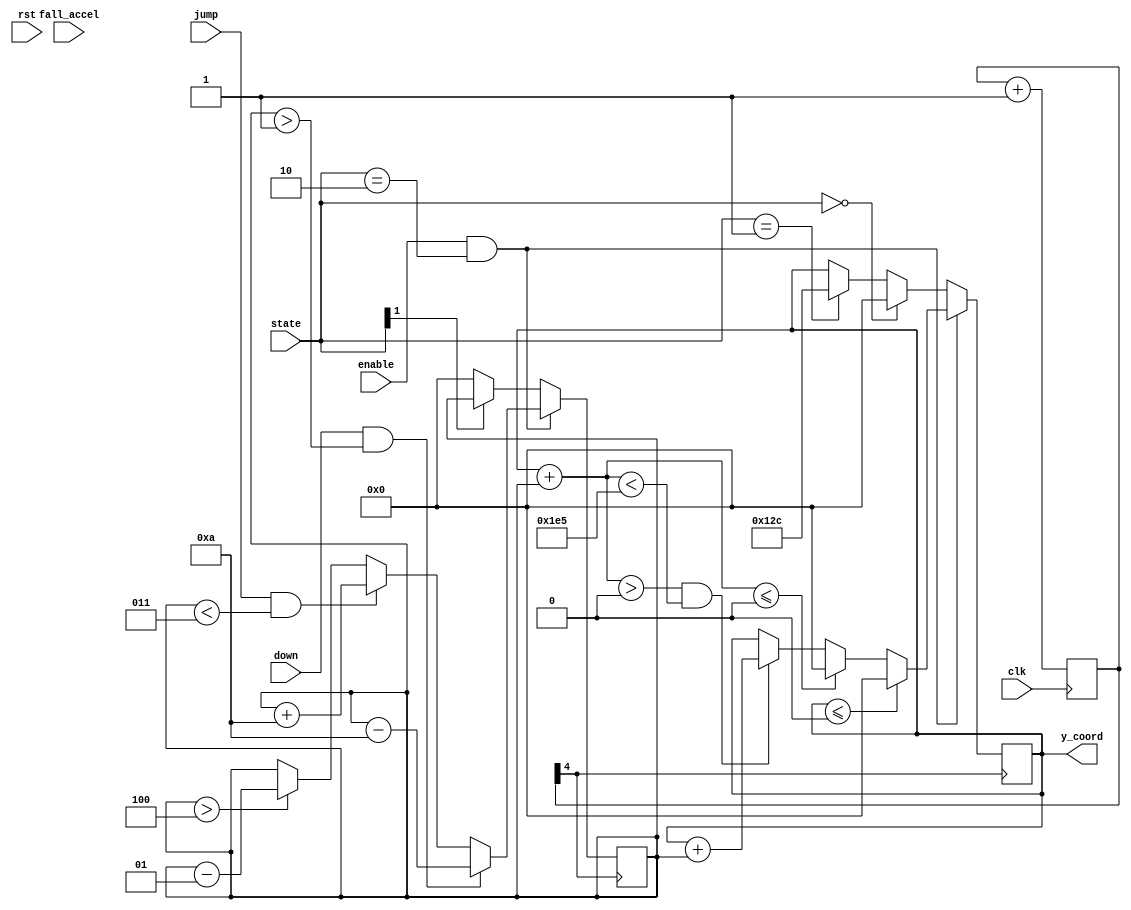
`timescale 1ns / 1ps
//////////////////////////////////////////////////////////////////////////////////

//////////////////////////////////////////////////////////////////////////////////
module bird(clk, rst, enable, jump, down, state, fall_accel, y_coord
    );
	 
	 input clk;
	 input enable;
	 input jump;
	 input down;
	 input [1:0] fall_accel;
	 input rst;
	 input [1:0] state;
	 output reg signed[10:0] y_coord;
	 initial y_coord = 'd300;
	 
	 reg signed [10:0] vel; 
	 initial vel = 'd0;
	 
	 reg jump_d;
	 initial jump_d = 0;
		
	 reg [8:0] clock_div;
	 initial clock_div = 0;
	 always @ (posedge clk)
		clock_div <= clock_div+1;
	
	 always @ (posedge clock_div[4])
	 begin
	 if(enable && state == 2)
		begin
		//bird flight start
			if(jump && vel < 3)
			begin
				vel <= vel + 'd10;
			end
		//jump button not pressed
			else if ( vel > -4)
				vel <= vel - 1;//fall_accel;
		//bird flight start_down
			if(down && vel > -1)
			begin
				vel <= vel - 'd10;
			end
		//down button not pressed
//			else if ( vel > -5)
//				vel <= vel - 1;//fall_accel;
		end
	 else if (!state[1])
		vel <= 0;
	 end
	 
	 always @ (posedge clock_div[4])
	 begin
	 if(enable && state == 2)
		begin
		//put patch of grass
			if(y_coord <= 0)
				y_coord <= 0;
			else if(y_coord + vel <= 0)
				y_coord <= 0;
			else if((y_coord + vel) > 0 && (y_coord + vel) < 485)
				y_coord <= y_coord + vel;

		end
	 else if (state == 0)
		y_coord <= 0;
	 else if (state == 1)
		y_coord <= 300;
	 end
	 

endmodule